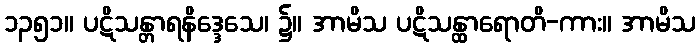
၁၃၅၁။ ပဋိသန္တာရနိဒ္ဒေသေ၊ ၌။ အာမိသ ပဋိသန္ထာရောတိ-ကား။ အာမိသ